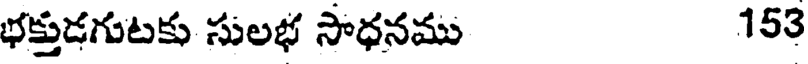
భక్తుడగుటకు సులభ సాధనము 153